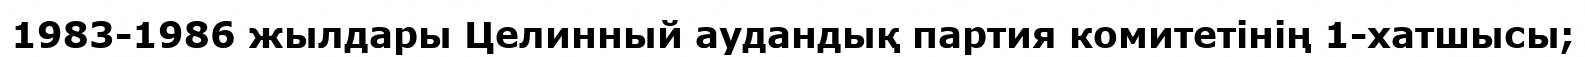
1983-1986 жылдары Целинный аудандық партия комитетінің 1-хатшысы;